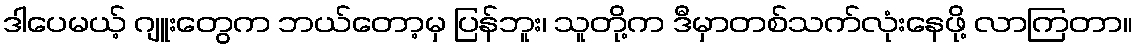
ဒါပေမယ့် ဂျူးတွေက ဘယ်တော့မှ ပြန်ဘူး၊ သူတို့က ဒီမှာတစ်သက်လုံးနေဖို့ လာကြတာ။